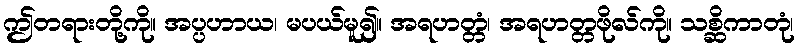
ဤတရားတို့ကို။ အပ္ပဟာယ၊ မပယ်မူ၍။ အရဟတ္တံ၊ အရဟတ္တဖိုလ်ကို။ သစ္ဆိကာတုံ၊